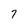
Character: 7